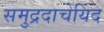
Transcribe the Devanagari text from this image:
समुद्रदाचेयिंद